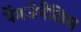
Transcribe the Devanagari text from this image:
पेंगजेनैसिस